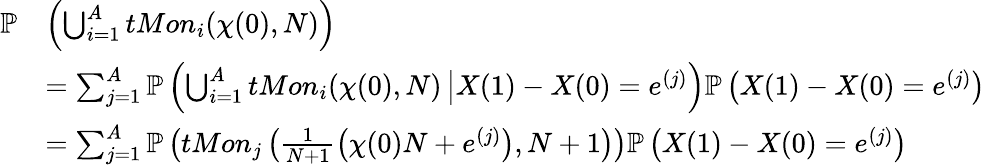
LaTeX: \begin{array}{rl}{\mathbb{P}}&{\left(\bigcup_{i=1}^{A}tMon_{i}(\chi(0),N)\right)}\\ &{=\sum_{j=1}^{A}\mathbb{P}\left(\bigcup_{i=1}^{A}tMon_{i}(\chi(0),N)\, \big|X(1)-X(0)=e^{(j)}\right)\mathbb{P}\left(X(1)-X(0)=e^{(j)}\right)}\\ &{=\sum_{j=1}^{A}\mathbb{P}\left(tMon_{j}\left(\frac{1}{N+1}\left(\chi(0)N+e^{(j)}\right),N+1\right)\right)\mathbb{P}\left(X(1)-X(0)=e^{(j)}\right)}\end{array}